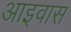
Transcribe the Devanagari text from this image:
आइवास